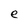
Character: e